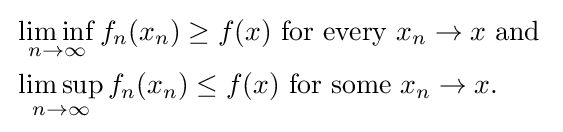
{\begin{aligned}&\liminf _{n\to \infty }f_{n}(x_{n})\geq f(x){\text{ for every }}x_{n}\to x{\text{ and }}\\&\limsup _{n\to \infty }f_{n}(x_{n})\leq f(x){\text{ for some }}x_{n}\to x.\end{aligned}}